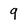
Character: 9